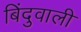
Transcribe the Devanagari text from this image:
बिंदुवाली